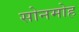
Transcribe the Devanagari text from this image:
सोनमोह